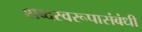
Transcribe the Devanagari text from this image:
शब्दस्वरूपासंबंधी